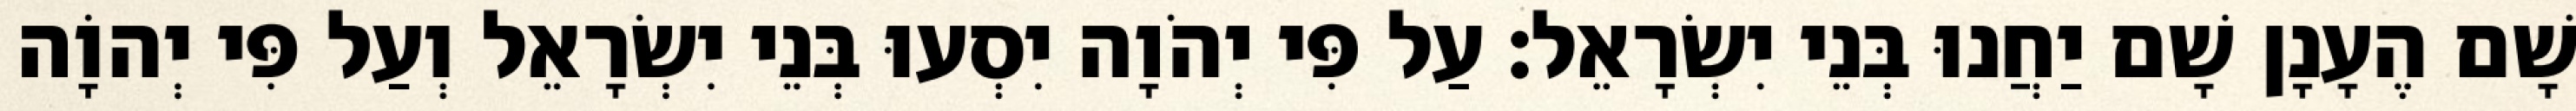
שָׁם הֶעָנָן שָׁם יַחֲנוּ בְּנֵי יִשְׂרָאֵל׃ עַל פִּי יְהֹוָה יִסְעוּ בְּנֵי יִשְׂרָאֵל וְעַל פִּי יְהוָֹה